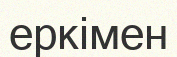
еркімен